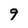
Character: 9